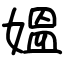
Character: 媼